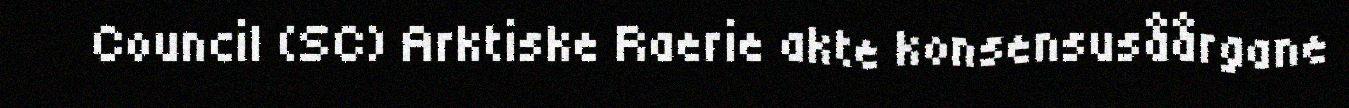
Council (SC) Arktiske Raerie akte konsensusåårgane